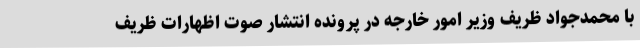
با محمدجواد ظریف وزیر امور خارجه در پرونده انتشار صوت اظهارات ظریف